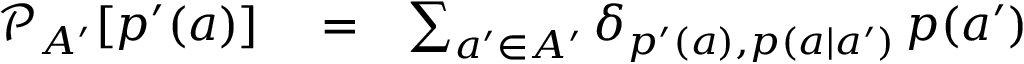
\begin{array} { r l r } { \mathcal { P } _ { A ^ { \prime } } [ p ^ { \prime } ( a ) ] } & { { } = } & { \sum _ { a ^ { \prime } \in A ^ { \prime } } \delta _ { p ^ { \prime } ( a ) , p ( a | a ^ { \prime } ) } \, p ( a ^ { \prime } ) } \end{array}